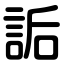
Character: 詬